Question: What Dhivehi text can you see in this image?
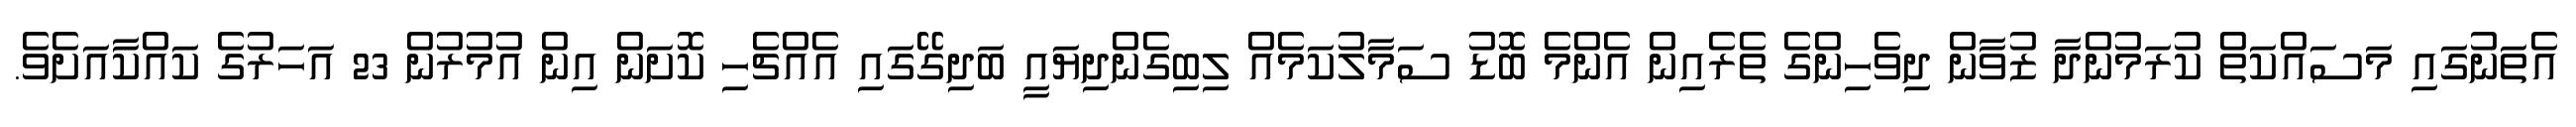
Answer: އެތަނުގައި މަސައްކަތް ކުރަމުންދާ ޒުވާން ދިވެހިންގެ ތެރެއިން އެންމެ ބޮޑު ސަމާލުކަމެއް ލިބިގެންދިޔައީ ބަދިގޭގައި އެއްޗެހި ކޮށަން އިން އުމުރުން 23 އަހަރުގެ ކައްކާއަށެވެ.